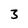
Character: 3